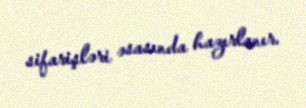
sifarişləri əsasında hazırlanır.